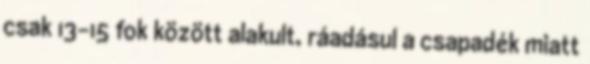
csak 13-15 fok között alakult, ráadásul a csapadék miatt